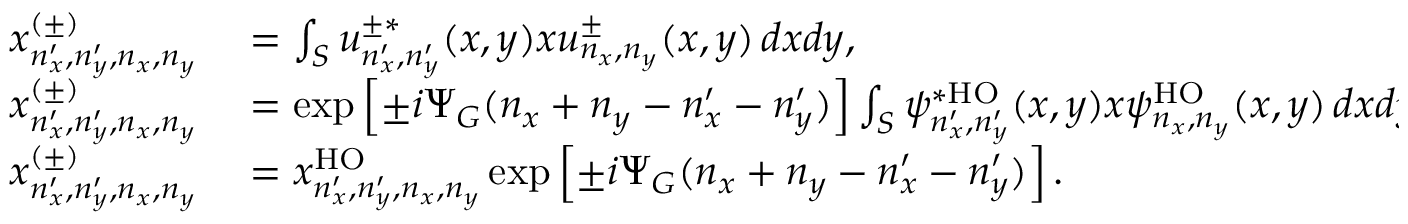
\begin{array} { r l } { x _ { n _ { x } ^ { \prime } , n _ { y } ^ { \prime } , n _ { x } , n _ { y } } ^ { ( \pm ) } } & { { } = \int _ { S } u _ { n _ { x } ^ { \prime } , n _ { y } ^ { \prime } } ^ { \pm * } ( x , y ) x u _ { n _ { x } , n _ { y } } ^ { \pm } ( x , y ) \, d x d y , } \\ { x _ { n _ { x } ^ { \prime } , n _ { y } ^ { \prime } , n _ { x } , n _ { y } } ^ { ( \pm ) } } & { { } = \exp \left[ \pm i \Psi _ { G } ( n _ { x } + n _ { y } - n _ { x } ^ { \prime } - n _ { y } ^ { \prime } ) \right] \int _ { S } \psi _ { n _ { x } ^ { \prime } , n _ { y } ^ { \prime } } ^ { * \mathrm { H O } } ( x , y ) x \psi _ { n _ { x } , n _ { y } } ^ { \mathrm { H O } } ( x , y ) \, d x d y , } \\ { x _ { n _ { x } ^ { \prime } , n _ { y } ^ { \prime } , n _ { x } , n _ { y } } ^ { ( \pm ) } } & { { } = x _ { n _ { x } ^ { \prime } , n _ { y } ^ { \prime } , n _ { x } , n _ { y } } ^ { \mathrm { H O } } \exp \left[ \pm i \Psi _ { G } ( n _ { x } + n _ { y } - n _ { x } ^ { \prime } - n _ { y } ^ { \prime } ) \right] . } \end{array}